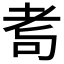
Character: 耉